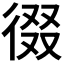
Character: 𭛶